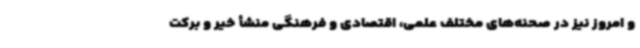
و امروز نیز در صحنه‌های مختلف علمی، اقتصادی و فرهنگی منشأ خیر و برکت